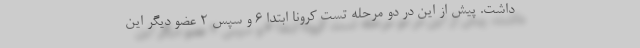
داشت. پیش از این در دو مرحله تست کرونا ابتدا 6 و سپس 2 عضو دیگر این